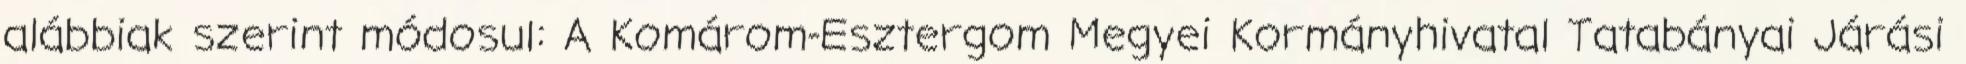
alábbiak szerint módosul: A Komárom-Esztergom Megyei Kormányhivatal Tatabányai Járási